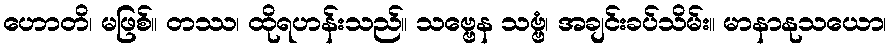
ဟောတိ၊ မဖြစ်။ တဿ၊ ထိုရဟန်းသည်။ သဗ္ဗေန သဗ္ဗံ၊ အချင်းခပ်သိမ်း။ မာနာနုသယော၊